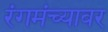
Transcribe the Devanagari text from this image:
रंगमंच्यावर